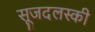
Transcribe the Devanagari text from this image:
सूजदलस्की